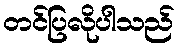
တင်ပြလိုပါသည်